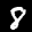
Label: 8